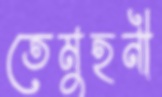
তেমুহনী